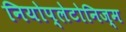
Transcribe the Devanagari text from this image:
नियोप्लेटोनिज्म